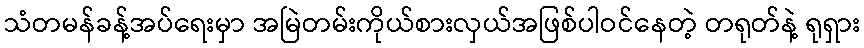
သံတမန်ခန့်အပ်ရေးမှာ အမြဲတမ်းကိုယ်စားလှယ်အဖြစ်ပါဝင်နေတဲ့ တရုတ်နဲ့ ရုရှား